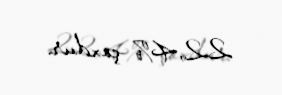
22,4% çoxdur.